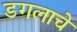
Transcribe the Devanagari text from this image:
डगलाचे